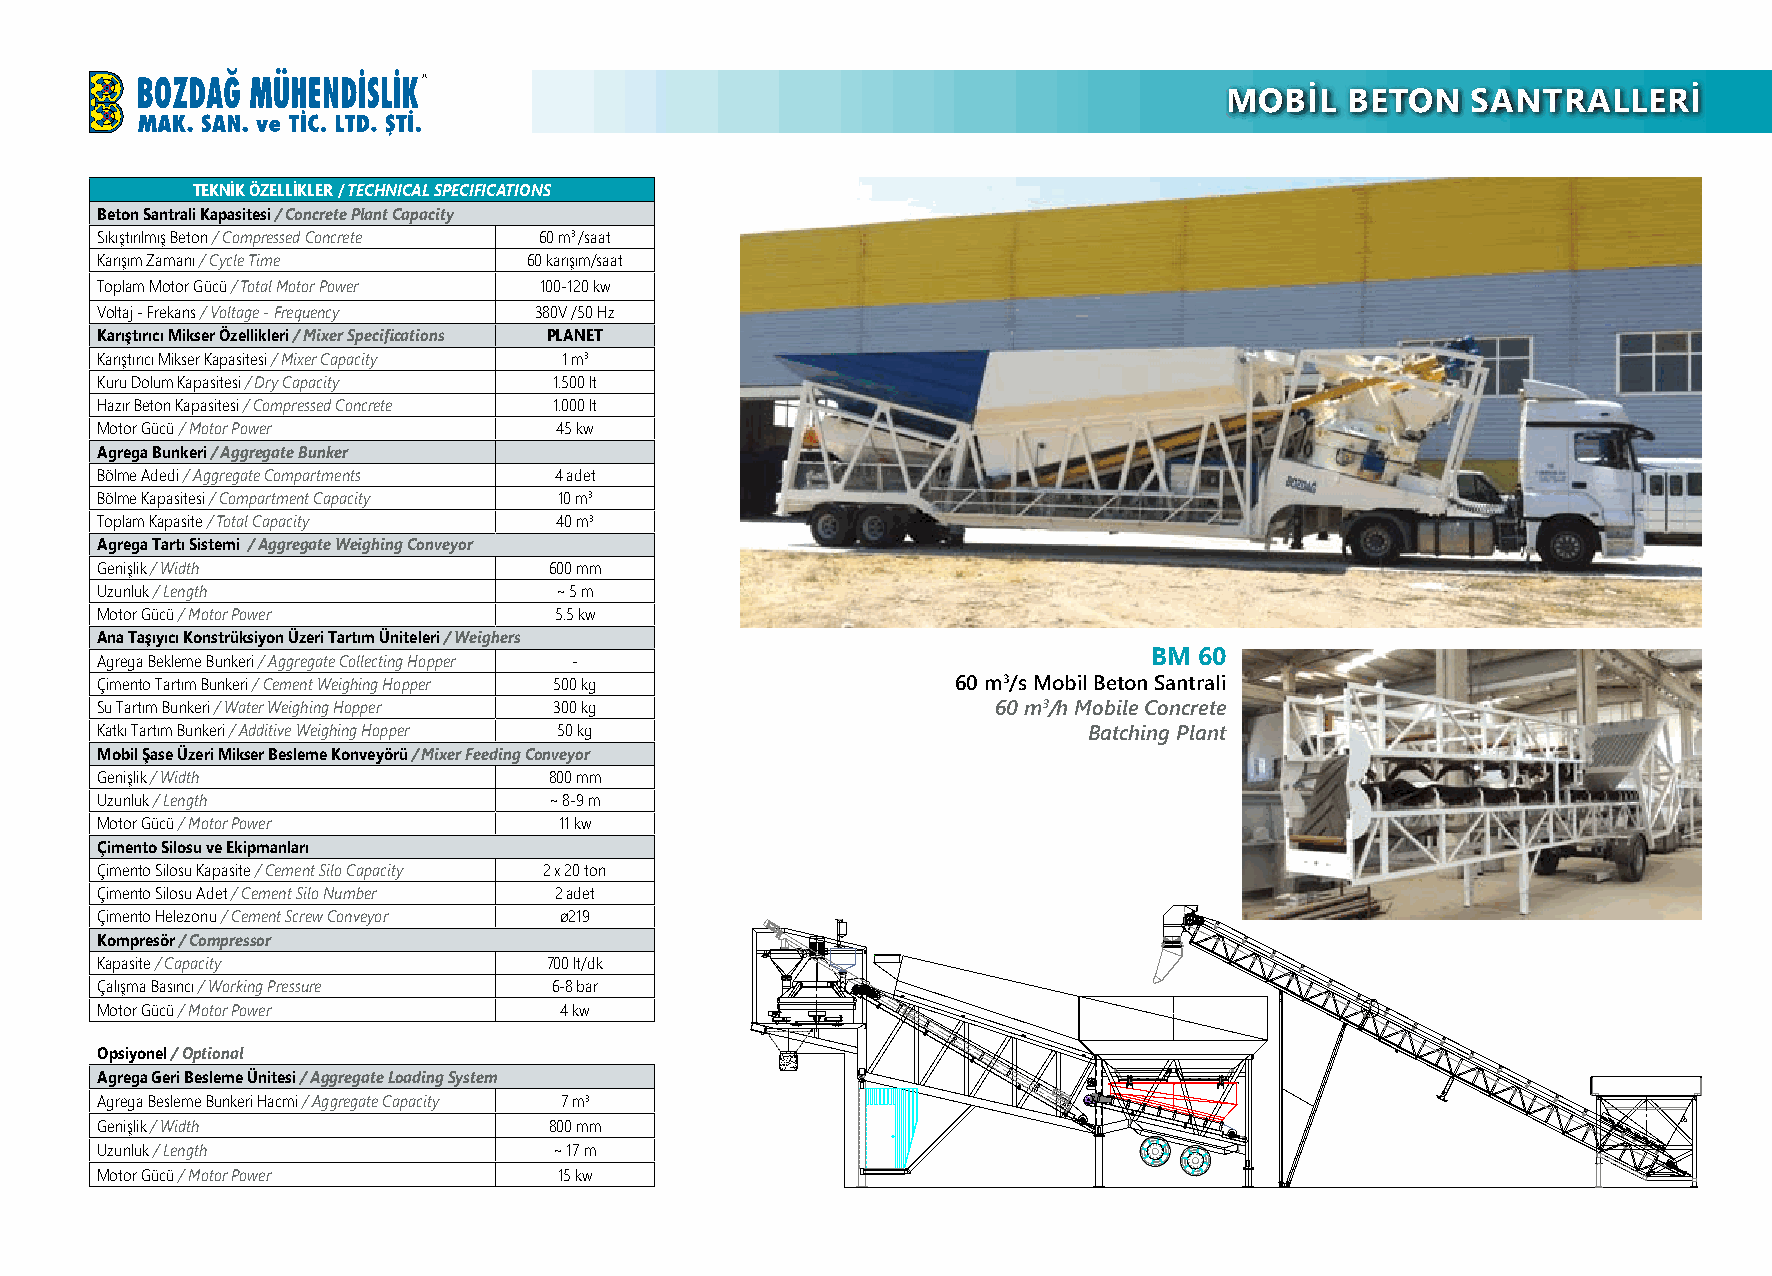
MOBİL   BETON   SANTRALLERİ
 TEKNİK ÖZELLİKLER / TECHNICAL SPECIFICATIONS
 Beton Santrali Kapasitesi / Concrete Plant Capacity
 Sıkıştırılmış Beton / Compressed Concrete 60 m3 /saat
 Karışım Zamanı / Cycle Time  60 karışım/saat
 Toplam Motor Gücü / Total Motor Power 100-120 kw
 Voltaj - Frekans / Voltage - Frequency 380V /50 Hz
 Karıştırıcı Mikser Özellikleri / Mixer Specifications PLANET
 Karıştırıcı Mikser Kapasitesi / Mixer Capacity 1 m3
 Kuru Dolum Kapasitesi / Dry Capacity 1.500 lt
 Hazır Beton Kapasitesi / Compressed Concrete 1.000 lt
 Motor Gücü / Motor Power       45 kw
 Agrega Bunkeri / Aggregate Bunker
 Bölme Adedi / Aggregate Compartments 4 adet
 Bölme Kapasitesi / Compartment Capacity 10 m3
 Toplam Kapasite / Total Capacity 40 m3
 Agrega Tartı Sistemi / Aggregate Weighing Conveyor
 Genişlik / Width              600 mm
 Uzunluk / Length               ~ 5 m
 Motor Gücü / Motor Power       5.5 kw
 Ana Taşıyıcı Konstrüksiyon Üzeri Tartım Üniteleri / Weighers
 Agrega Bekleme Bunkeri / Aggregate Collecting Hopper -                BM 60
 Çimento Tartım Bunkeri / Cement Weighing Hopper 500 kg   60 m3/s Mobil Beton Santrali
 Su Tartım Bunkeri / Water Weighing Hopper 300 kg            60 m3/h Mobile Concrete
 Katkı Tartım Bunkeri / Additive Weighing Hopper 50 kg             Batching Plant
 Mobil Şase Üzeri Mikser Besleme Konveyörü / Mixer Feeding Conveyor
 Genişlik / Width              800 mm
 Uzunluk / Length              ~ 8-9 m
 Motor Gücü / Motor Power       11 kw
 Çimento Silosu ve Ekipmanları
 Çimento Silosu Kapasite / Cement Silo Capacity 2 x 20 ton
 Çimento Silosu Adet / Cement Silo Number 2 adet
 Çimento Helezonu / Cement Screw Conveyor ø219
 Kompresör / Compressor
 Kapasite / Capacity           700 lt/dk
 Çalışma Basıncı / Working Pressure 6-8 bar
 Motor Gücü / Motor Power       4 kw
 Opsiyonel / Optional
 Agrega Geri Besleme Ünitesi / Aggregate Loading System
 Agrega Besleme Bunkeri Hacmi / Aggregate Capacity 7 m3
 Genişlik / Width              800 mm
 Uzunluk / Length               ~ 17 m
 Motor Gücü / Motor Power       15 kw